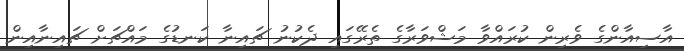
އާސިއާންގެ ވެރިން ކުރައްވާ މަޝްވަރާގެ ތެރޭގައި ދެކުނު ޗައިނާ ކަނޑުގެ މައްޗަށް ޗައިނާއިން